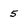
Character: 5